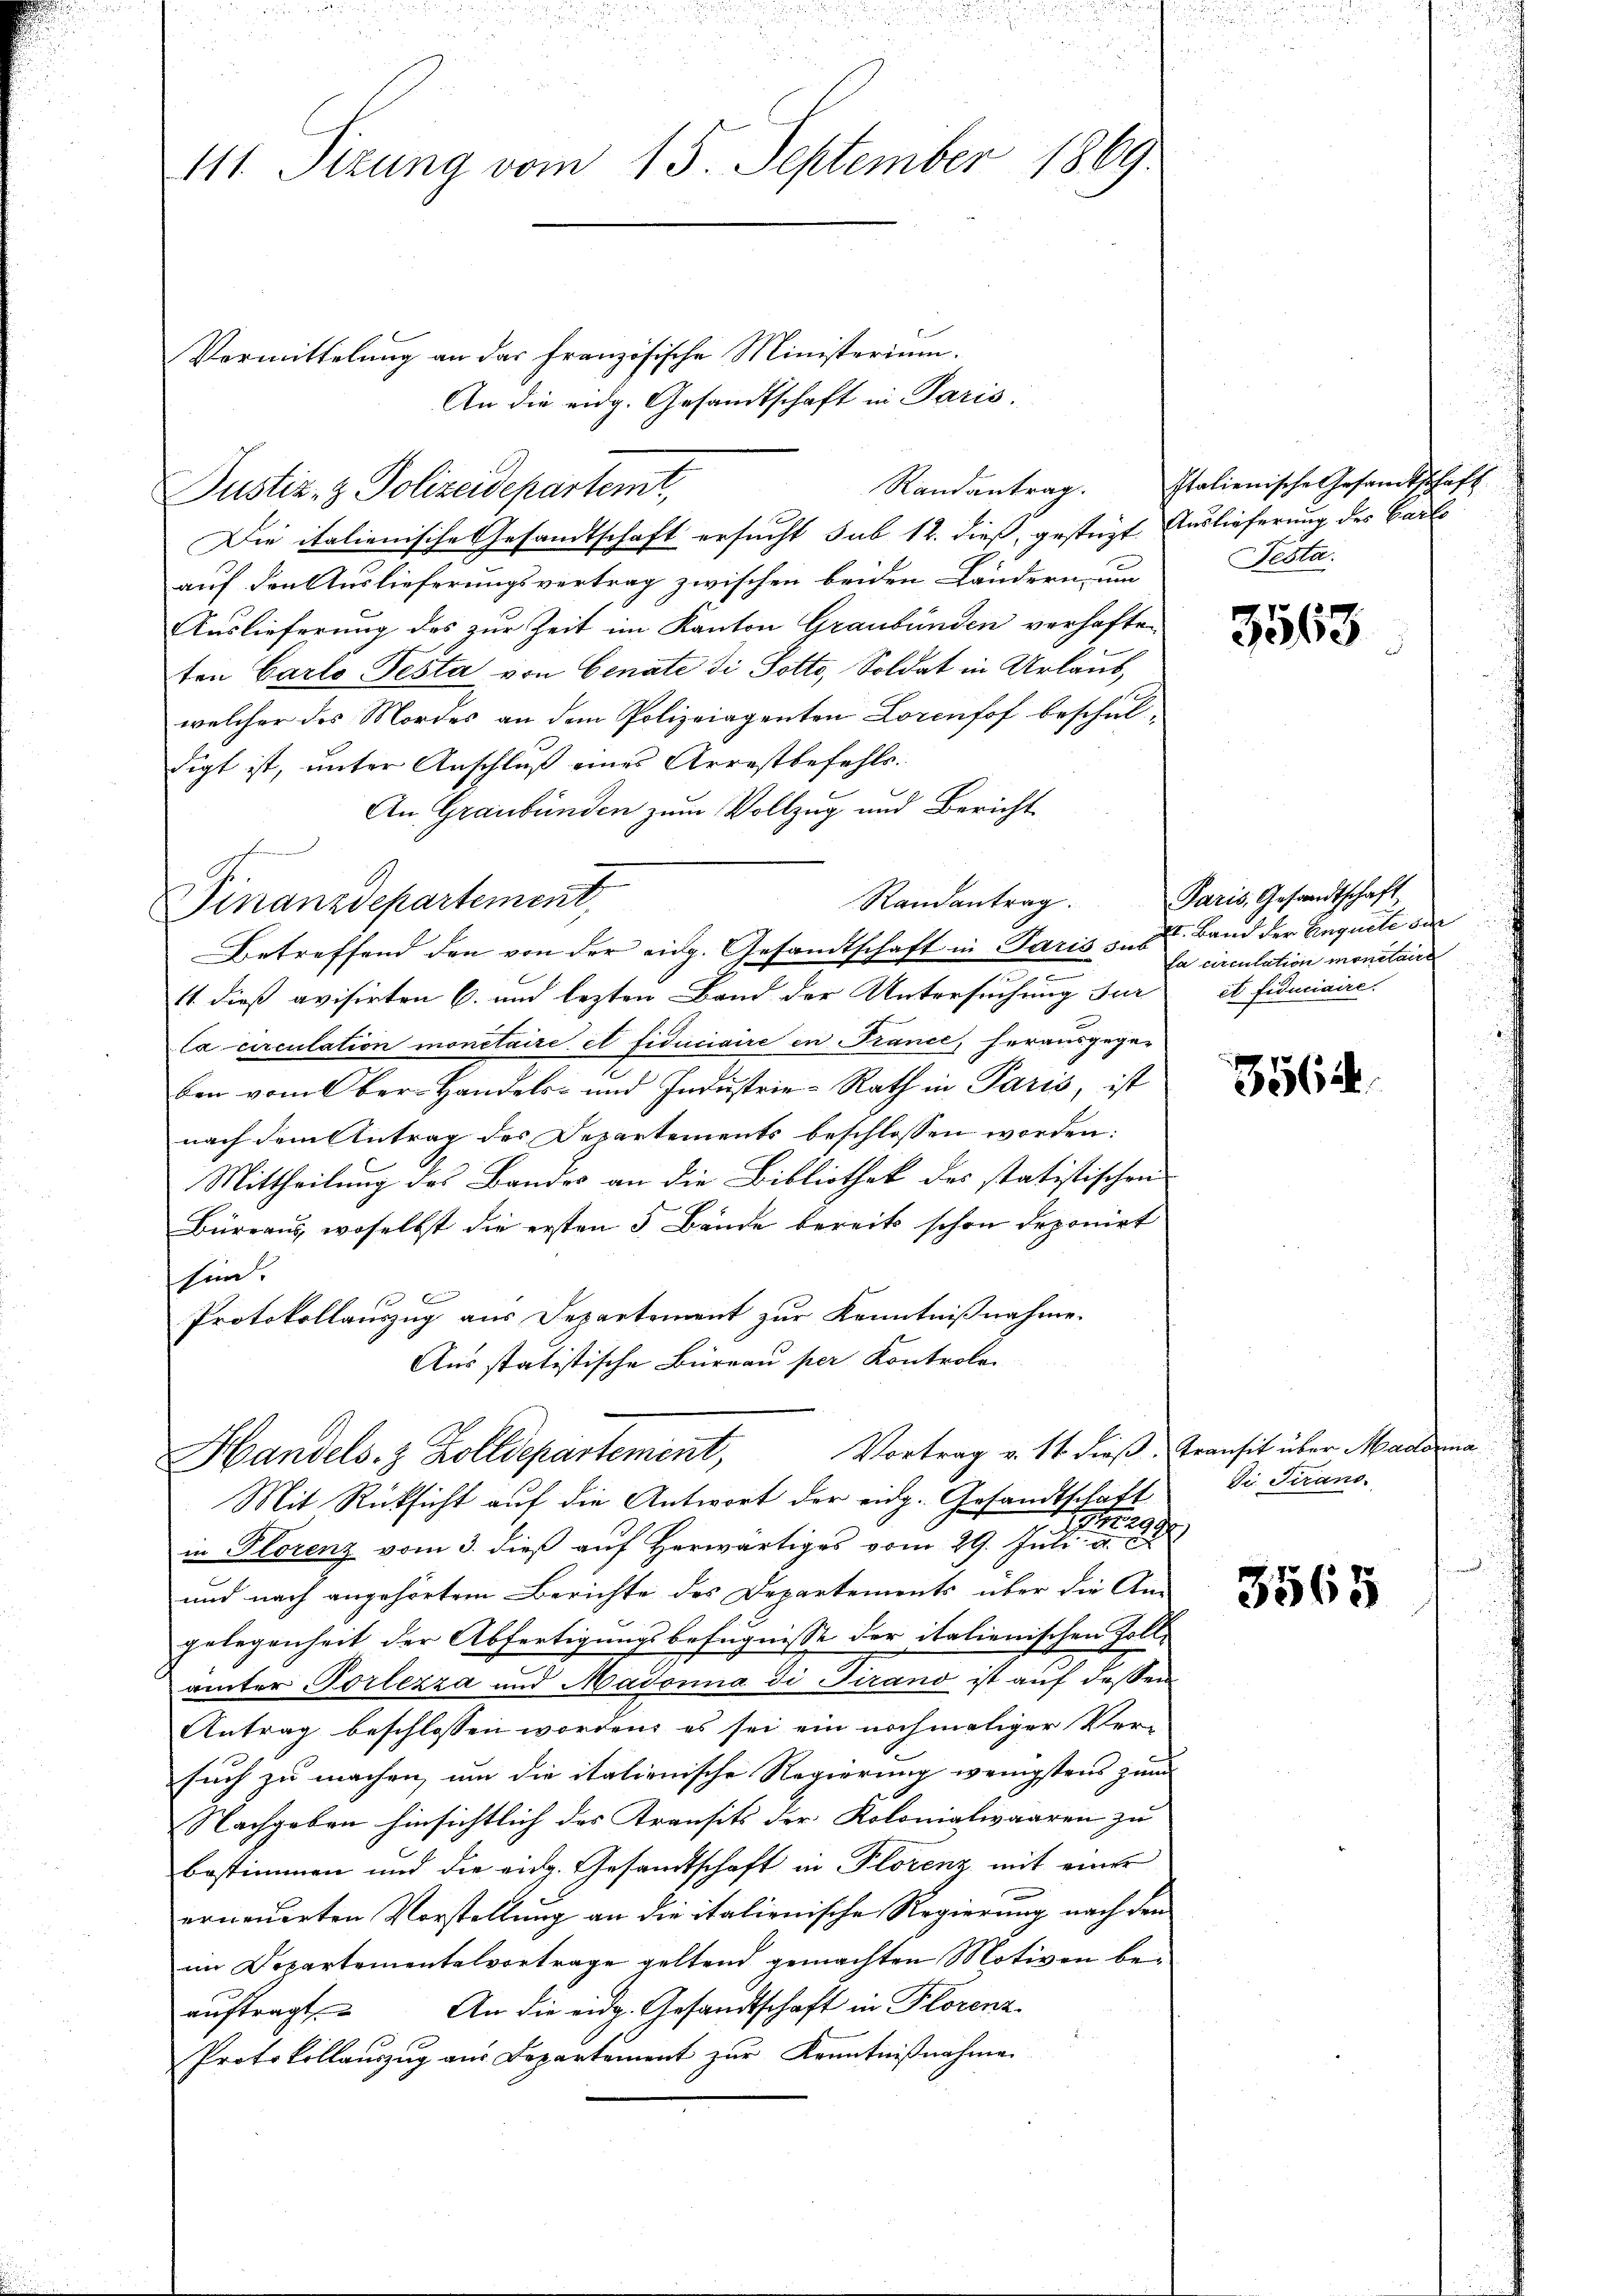
111. Sizung vom 15. September 1869

Vormittelung an das französische Ministerium.
An die eidg. Gesandtschaft in Paris.
Die italienische Gesandtschaft ersucht sub 12. dieß, gestüzt Auslieferung des Carl
auf den Auslieferungsvertrag zwischen beiden Ländern, um
Auslieferung des zur Zeit im Kanton Graubünden verhaften
ten Carlo Pesta von Genate di Sotto, Soldat in Urlaub,
welcher des Mordes an dem Polizeiagenten Lorenhof beschuldigt ist, unter Anschluß eines Arrestbefehls.
An Graubünden zum Vollzug und Bericht
Randantrag.
Finanzdepartement,
Betreffend den von der eidg. Gesandtschaft in Paris s. S. Band der Einquete der
11. dieß avisirten C. und lezten Band der Untersuchung zur et fiduciaire.
Ca circulation monetaire et fiduciaire in France, herausgege-
ben vom ber. Handels- und Industrie-Rath in Paris, ist
nach dem Antrag des Departements beschlossen worden:
Mittheilung des Bandes an die Bibliothek des statistischen
Büreaus, woselbst die ersten 5 Bände bereits schon deponirt
hin.
6
Protokollauszug aus Departement zur Kenntnißnahme.
Aus statistische Büreau per Kontroler

Justiz- & Polizeidepartemt,

2
289
in Florenz vom 3. dieß auf herwärtiges vom 29. Jŭli a. c.
und nach angehörtem Berichte des Departements über die Am
gelegenheit der Abfertigungsbefugnisse der italienischen Zoll-
ämter Portezza und Madonna di Firano ist auf dessen
Antrag beschlossen worden, es sei ein nochmaliger Ver-
such zu machen, um die italienische Regierung wenigstens zun
Nachgeben hinsichtlich des Transits der Kolonialwaaren zu
bestimmen und die eidg. Gesandtschaft in Plorenz mit einer
erneuerten Vorstellung an die italienische Regierung nach den
im Departementelvortrage geltend gemachten Motiven beauftragt. An die eidg. Gesandtschaft in Florenz
Protokollaŭszŭg aŭs Departement zŭr Kenntniβnahme

Handels. z. Zolldepartement, Vortrag v. 14. dieß, Transit über Madonna
Mit Rücksicht auf die Antwort der eidg. Gesandtschaft

Randantrag. Italienische Gesandtschaft
Pesta

3563

Paris, Gesandtschaft
la circulation monataire

5564

Die Trans

3565